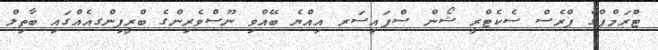
ޓްރަމްޕްގެ ޕްރެސް ސެކެޓްރީ ޝޯން ސްޕައިސަރ އިއްޔެ ބޭއްވި ނޫސްވެރިންގެ ބްރީފިންގއެއްގައި ބާތިލް